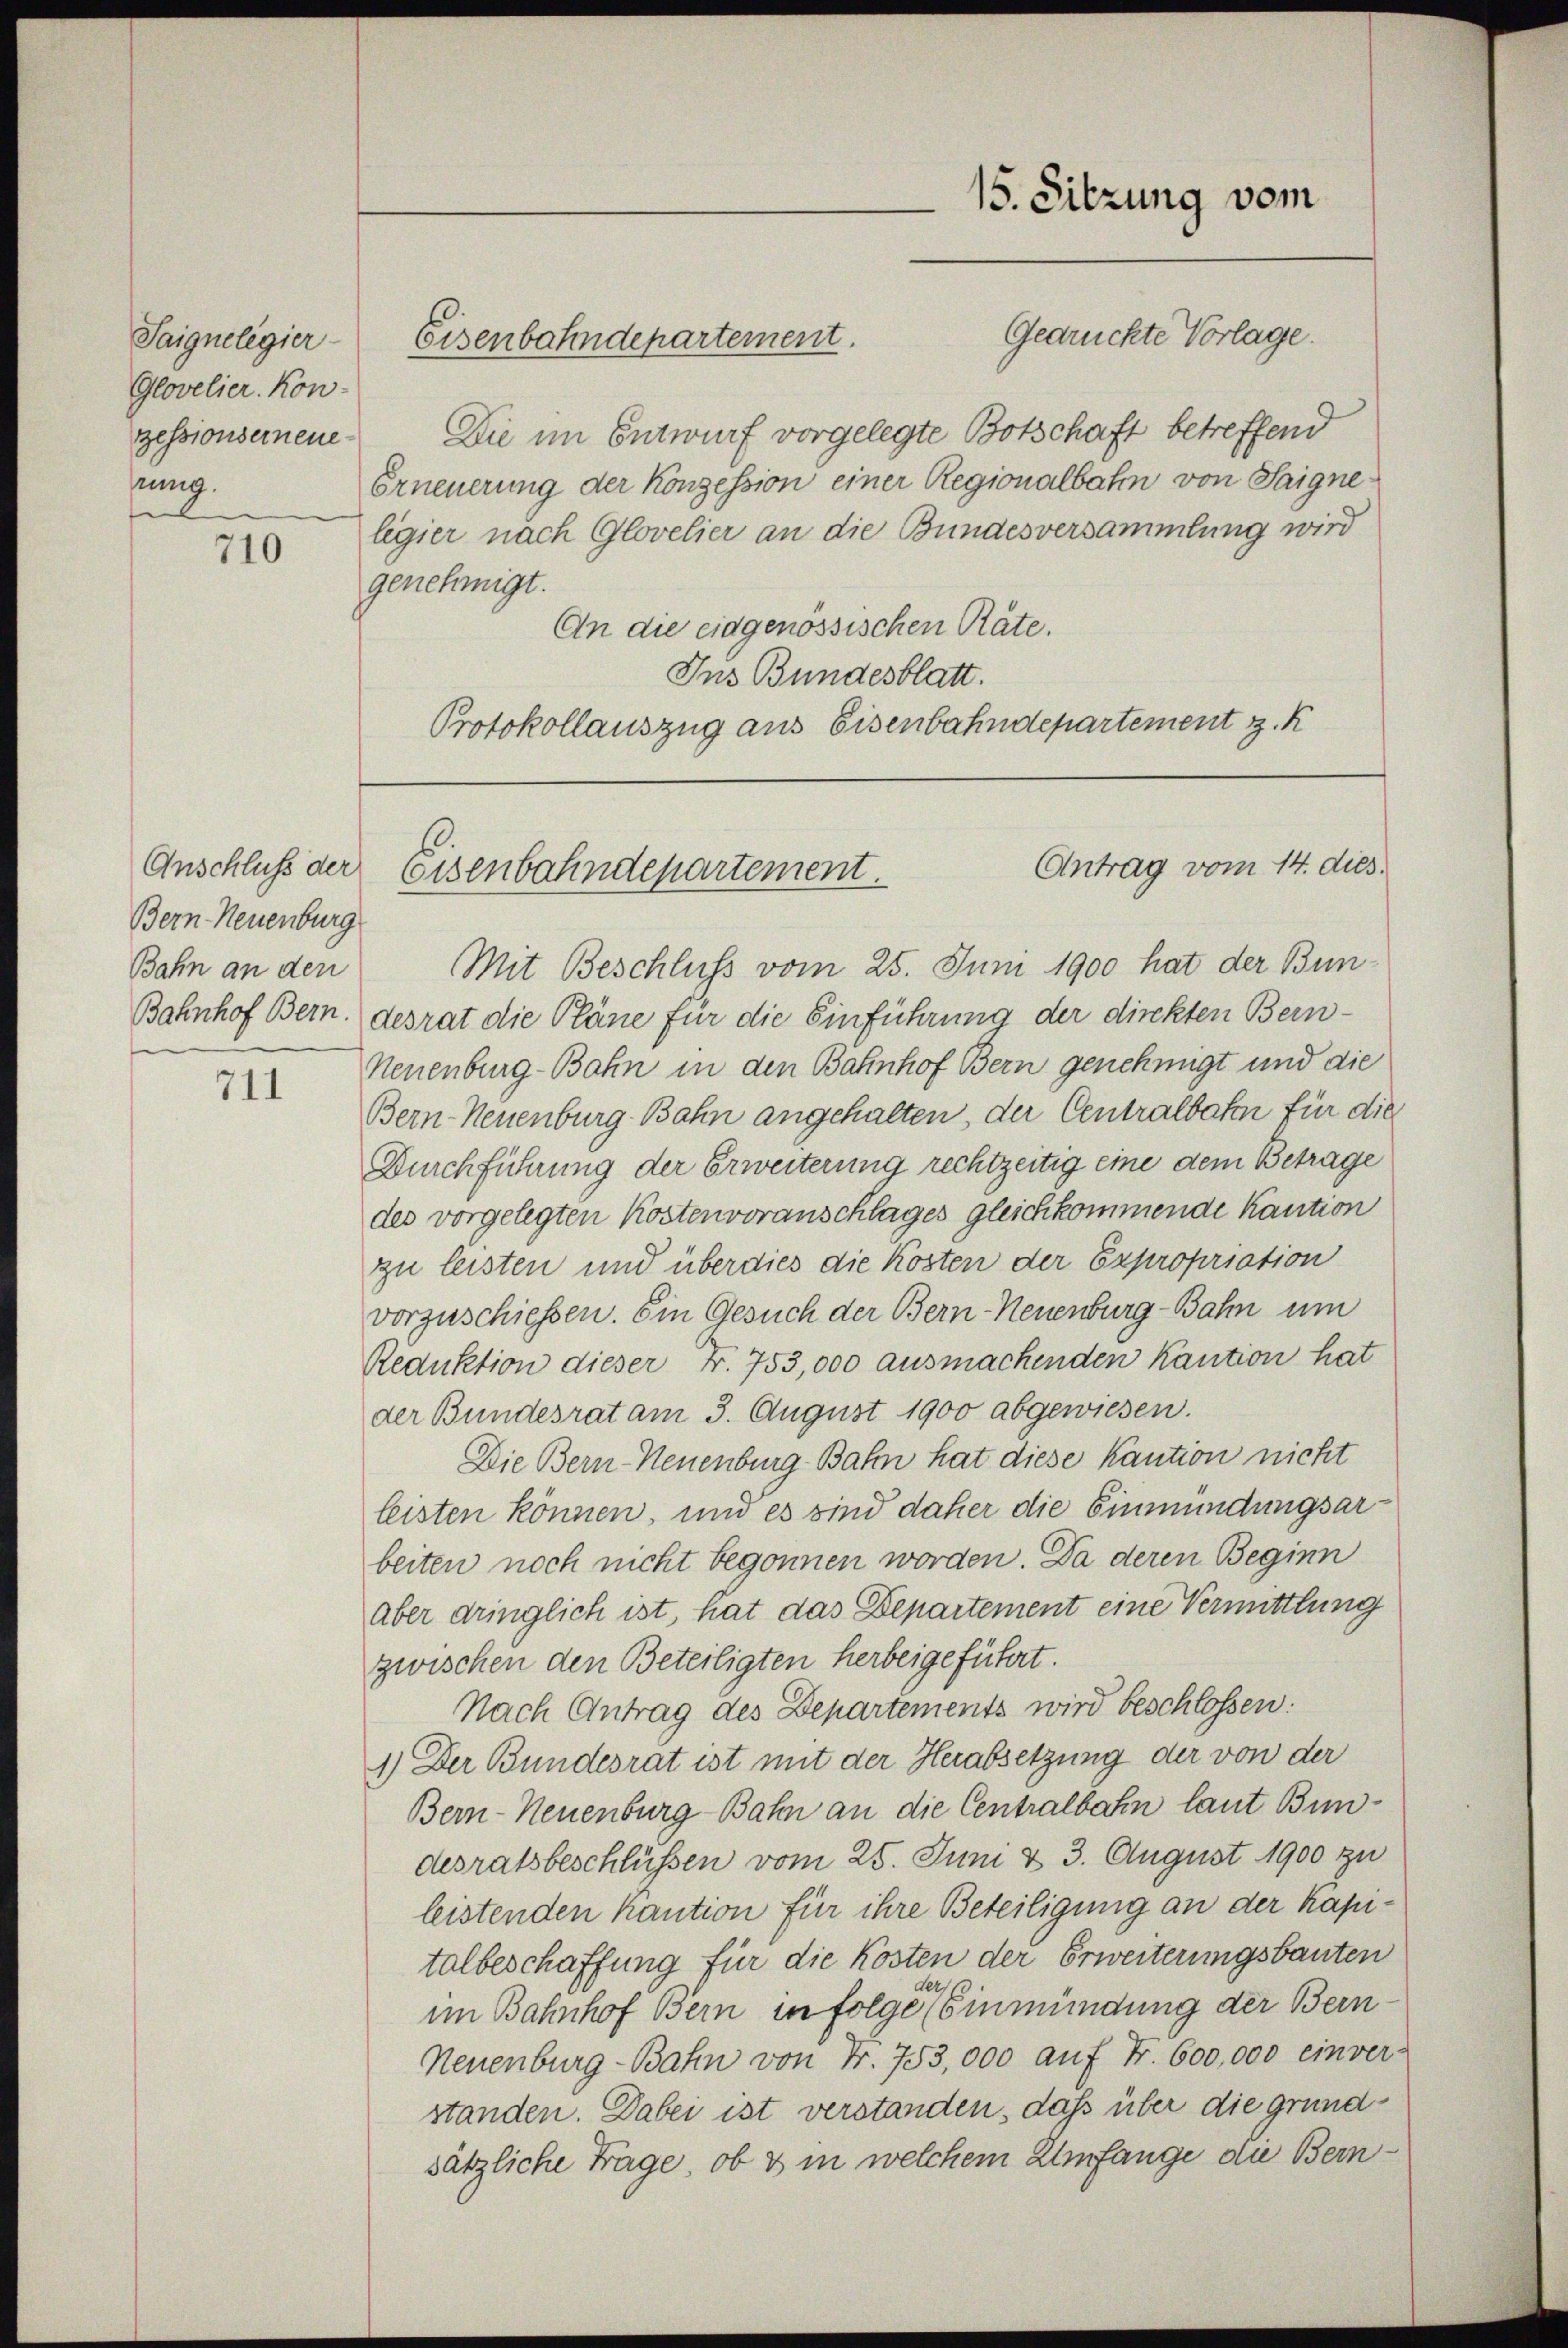
Glovelier. Kon-
zessionserneue
hung.
f

710

Anschluss der
Bern Neuenburg

711

Die im Entwurf vorgelegte Botschaft betreffend
Erneuerung der Konzession einer Regionalbahn von Saignelegier nach Glovelier an die Bundesversammlung wird
genehmigt.
An die eidgenössischen Räte.
Ins Bundesblatt.
Protokollauszug aus Eisenbahndepartement z. K

Saigneligier- Eisenbahndepartement.

15. Sitzung vom
Gedrückte Vorlage.

Antrag vom 14. dies.
Eisenbahndepartement.

Bahn an den Mit Beschluss vom 25. Juni 1900 hat der Bun¬
Bahnhof Bern, desrat die Pläne für die Einführung der direkten Bein¬
Neuenburg-Bahn in den Bahnhof Bern genehmigt und die
Bern-Neuenburg-Bahn angehalten, der Centralbaten für die
Durchführung der Erweiterung rechtzeitig eine dem Betrage
des vorgelegten Kostenvoranschlages gleichkommende Kaution
zu leisten und überdies die Kosten der Expropriation
vorzuschiessen. Ein Gesuch der Bern-Neuenburg-Bahn um
Reduktion dieser Fr. 753,000 ausmachenden Kaution hat
der Bundesrat am 3. August 1900 abgewiesen.
Die Bern-Neuenburg-Bahn hat diese kaution nicht
leisten können, und es sind daher die Einmündungsarbeiten noch nicht begonnen worden. Da deren Beginn
aber dringlich ist, hat das Departement eine Vermittlung
zwischen den Beteiligten herbeigeführt.
Nach Antrag des Departements wird beschlossen:
1.) Der Bundesrat ist mit der Herabsetzung der von der
Bern-Neuenburg-Bahn an die Centralbahn laut Bundesratsbeschlüssen vom 25. Juni & 3. August 1900 zu
leistenden Kaution für ihre Beteiligung an der kapitalbeschaffung für die Kosten der Erweiterungsbauten
er
im Bahnhof Bern in folge (Einmündung der Bern
Neuenburg-Bahn von Fr. 753,000 auf Fr. 600,000 einver-
standen. Dabei ist verstanden, dass über die grundsätzliche Frage, ob & in welchem Umfange die Bern¬